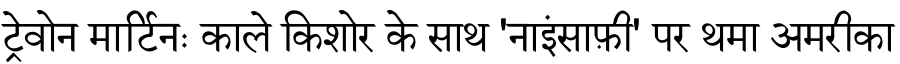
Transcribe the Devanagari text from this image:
ट्रेवोन मार्टिनः काले किशोर के साथ 'नाइंसाफ़ी' पर थमा अमरीका